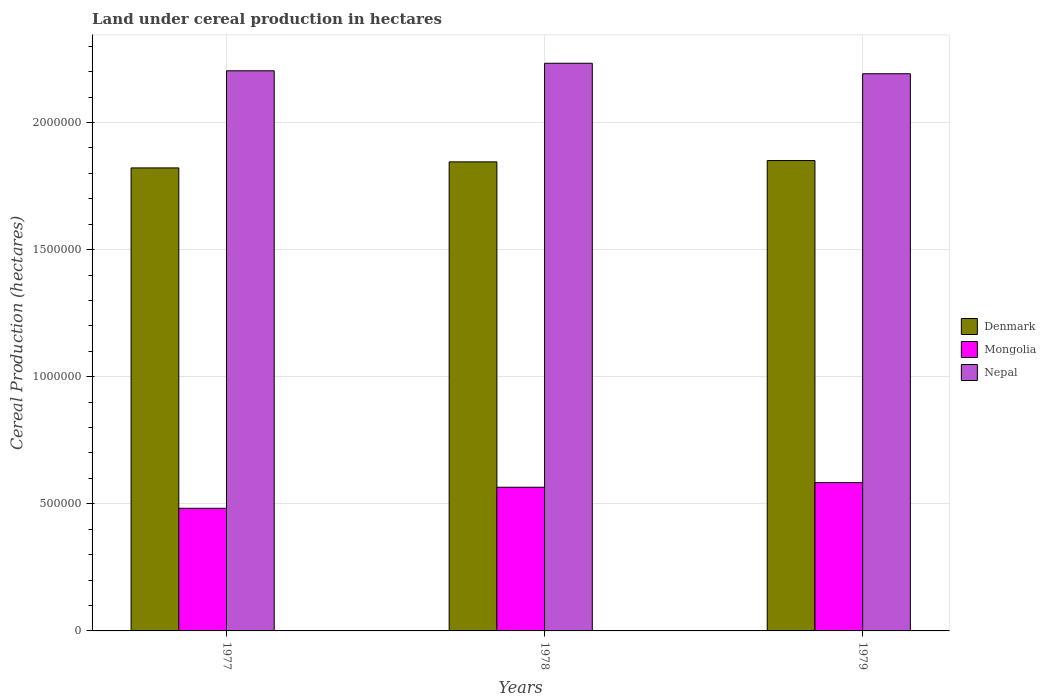
| Years | Denmark | Mongolia | Nepal |
 | --- | --- | --- | --- |
 | 1977 | 1.82e+06 | 4.82e+05 | 2.2e+06 |
 | 1978 | 1.85e+06 | 5.65e+05 | 2.23e+06 |
 | 1979 | 1.85e+06 | 5.83e+05 | 2.19e+06 |